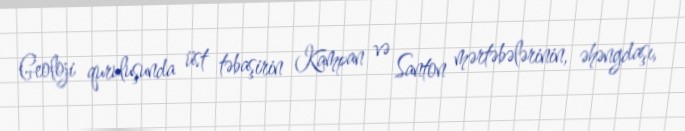
Geoloji quruluşunda üst təbaşirin Kampan və Santon mərtəbələrinin, əhəngdaşı,